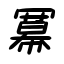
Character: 冪